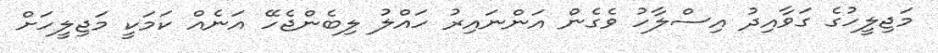
މަޖިލީހުގެ ގަވާއިދު އިސްލާހު ވެގެން އަންނައިރު ހައްލު ލިބެންޖެހޭ އަނެއް ކަމަކީ މަޖިލީހަށް